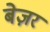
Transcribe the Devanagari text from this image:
बेज़र